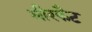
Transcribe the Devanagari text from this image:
मीरकैट